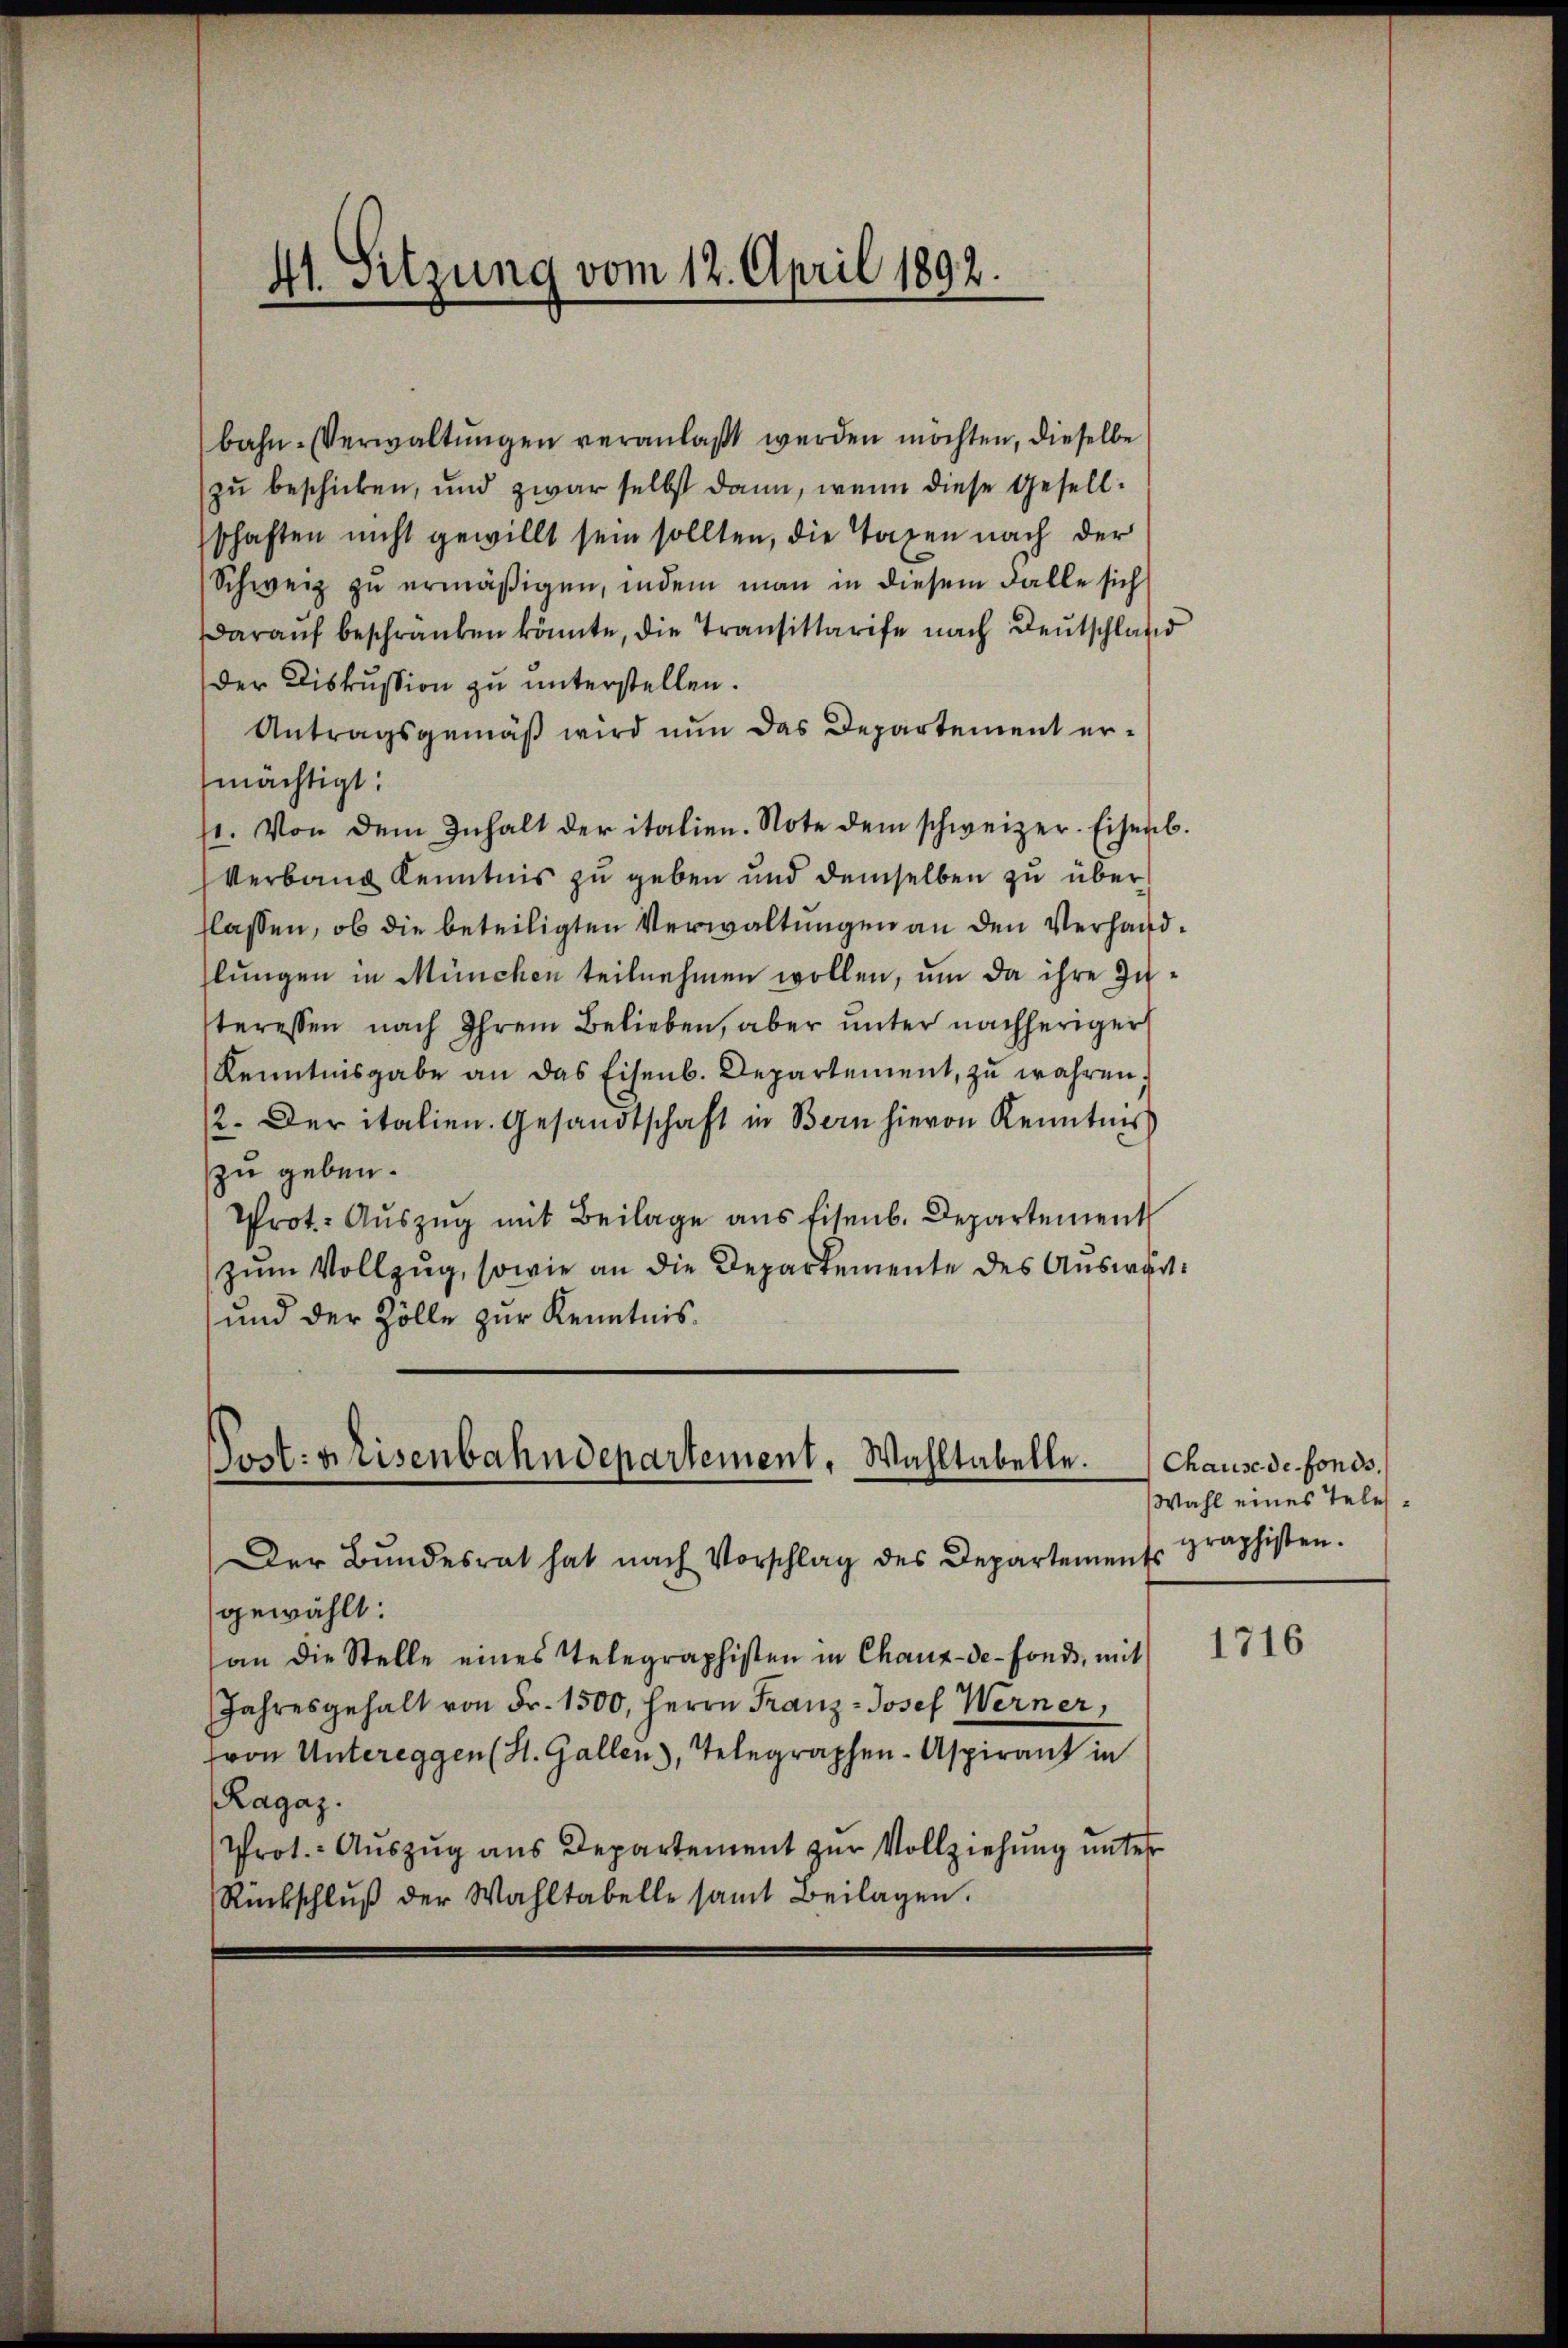
41. Sitzung vom 12. April 1892.

bahn-Verwaltŭngen veranlaßt werden möchten, dieselbe
zu beschicken, und zwar selbst dann, wenn diese Gesellschaften nicht gewillt sein sollten, die Taxen nach der
Schweiz zu ermäßigen, indem man in diesem Falle sich
daraŭf beschränken könnte, die Transittarife nach Deutschlag
der Diskussion zu unterstellen.
Antragsgemäß wird nun das Departement ermächtigt:
/1. Von dem Inhalt der italien. Note dem schweizer. Eisenb.
Verbaug Kenntnis zu geben und demselben zu über
flassen, ob die beteiligten Verwaltungen an den Verhandlungen in München teilnehmen wollen, um da ihre Zuteressen nach Ihrem Belieben, aber ŭnter nachheriger
Kenntnisgabe an das Eisenb. Departement, zu wahren;
2. Der italien. Gesandtschaft in Bern hievon Kenntnis
zu geben.
Prot. Auszug mit Beilage aus Eisenb. Departement
zum Vollzug, sowie an die Departemente des Auswart.
und der Zölle zur Kenntnis.

Post: Reisenbahndepartement, Wahltabelle.

Der Bŭndesrat hat nach Vorschlag des Departement graphisten.
gewählt:
an die Stelle eines Telegraphisten in Chaux-de-Fonds, mit
Jahresgehalt von Fr. 1500, Herrn Franz-Josef Werner,
(von Untereggen (St. Gallen, Telegraphen- Aspirant in
Ragaz.
Prot. Auszug aus Departement zur Vollziehung unter
Rückschlŭβ der Wahltabelle samt Beilagen.

Chause de fonds.
Wahl eines Tele¬

1716